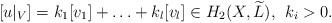
\begin{align*}[u|_V]=k_1[v_1]+\hdots+k_l[v_l] \in H_2(X,\widetilde{L}), \:\: k_i > 0.\end{align*}